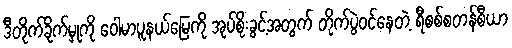
ဒီတိုက်ခိုက်မှုကို ဝေါမာပူနယ်မြေကို အုပ်စိုးခွင့်အတွက် တိုက်ပွဲဝင်နေတဲ့ ရီစစ်စတန်စီယာ